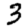
Digit: 3